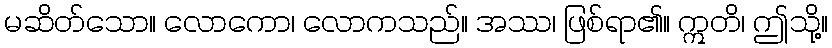
မဆိတ်သော။ လောကော၊ လောကသည်။ အဿ၊ ဖြစ်ရာ၏။ ဣတိ၊ ဤသို့။